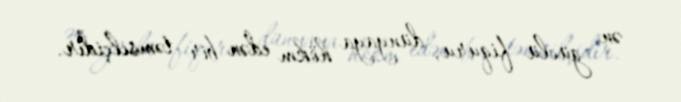
ən güclü fiquru, dünyaya hökm edən bir təmsilçidir.